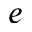
e